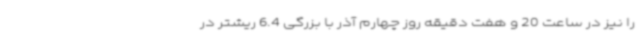
را نیز در ساعت 20 و هفت دقیقه روز چهارم آذر با بزرگی 6.4 ریشتر در